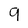
Character: 9